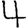
Digit: 4